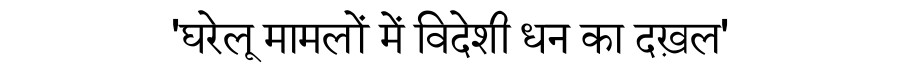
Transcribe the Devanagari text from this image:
'घरेलू मामलों में विदेशी धन का दख़ल'